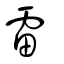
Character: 雷